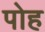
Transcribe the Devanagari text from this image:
पोह